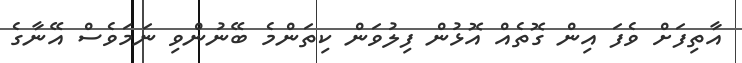
އާތިފަށް ވެފަ އިން ގޮތެއް އޮޅުން ފިލުވަން ކިތަންމެ ބޭނުންވި ނަމަވެސް އޭނާގެ